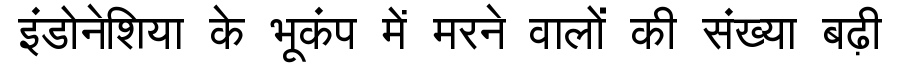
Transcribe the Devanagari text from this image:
इंडोनेशिया के भूकंप में मरने वालों की संख्या बढ़ी